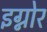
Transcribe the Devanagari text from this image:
इग्नोर